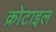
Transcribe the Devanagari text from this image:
क्रोटाइल